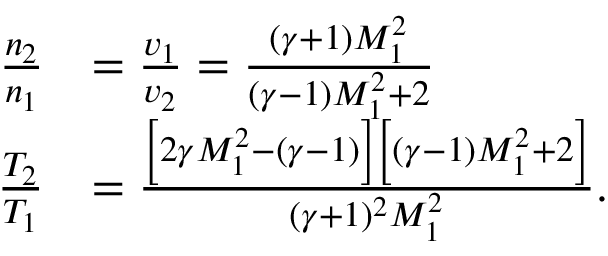
\begin{array} { r l } { \frac { n _ { 2 } } { n _ { 1 } } } & { = \frac { v _ { 1 } } { v _ { 2 } } = \frac { ( \gamma + 1 ) M _ { 1 } ^ { 2 } } { ( \gamma - 1 ) M _ { 1 } ^ { 2 } + 2 } } \\ { \frac { T _ { 2 } } { T _ { 1 } } } & { = \frac { \left[ 2 \gamma M _ { 1 } ^ { 2 } - ( \gamma - 1 ) \right] \left[ ( \gamma - 1 ) M _ { 1 } ^ { 2 } + 2 \right] } { ( \gamma + 1 ) ^ { 2 } M _ { 1 } ^ { 2 } } . } \end{array}